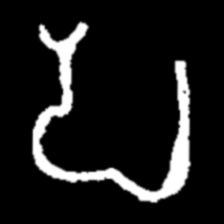
Pyu character \u2014 Myanmar letter: ပ (romanized: pa)